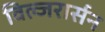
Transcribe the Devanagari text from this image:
विल्जरार्सन